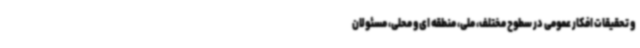
و تحقیقات افکار عمومی در سطوح مختلف، ملی، منطقه ای و محلی، مسئولان